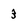
Character: 3